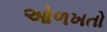
ઓળખતો